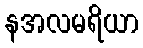
နအလမရိယာ